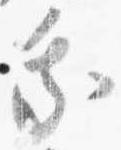
乗